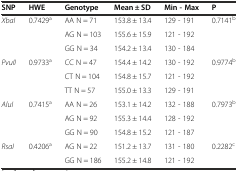
<table><thead><tr><td><b>SNP</b></td><td><b>HWE</b></td><td><b>Genotype</b></td><td><b>Mean ± SD</b></td><td><b>Min - Max</b></td><td><b>P</b></td></tr></thead><tbody><tr><td rowspan="3"><i>XbaI</i></td><td rowspan="3">0.7429<sup>a</sup></td><td>AA N = 71</td><td>153.8 ± 13.4</td><td>129 - 191</td><td rowspan="3">0.7141<sup>b</sup></td></tr><tr><td>AG N = 103</td><td>155.6 ± 15.9</td><td>121 - 192</td></tr><tr><td>GG N = 34</td><td>154.2 ± 13.4</td><td>130 - 184</td></tr><tr><td rowspan="3"><i>PvuII</i></td><td rowspan="3">0.9733<sup>a</sup></td><td>CC N = 47</td><td>154.4 ± 14.2</td><td>130 - 192</td><td rowspan="3">0.9774<sup>b</sup></td></tr><tr><td>CT N = 104</td><td>154.8 ± 15.7</td><td>121 - 192</td></tr><tr><td>TT N = 57</td><td>155.0 ± 13.3</td><td>129 - 191</td></tr><tr><td rowspan="3"><i>AluI</i></td><td rowspan="3">0.7415<sup>a</sup></td><td>AA N = 26</td><td>153.1 ± 14.2</td><td>132 - 188</td><td rowspan="3">0.7973<sup>b</sup></td></tr><tr><td>AG N = 92</td><td>155.3 ± 14.4</td><td>128 - 192</td></tr><tr><td>GG N = 90</td><td>154.8 ± 15.2</td><td>121 - 187</td></tr><tr><td rowspan="2"><i>RsaI</i></td><td rowspan="2">0.4206<sup>a</sup></td><td>AG N = 22</td><td>151.2 ± 13.7</td><td>131 - 180</td><td rowspan="2">0.2282<sup>c</sup></td></tr><tr><td>GG N = 186</td><td>155.2 ± 14.8</td><td>121 - 192</td></tr></tbody></table>